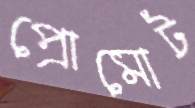
প্রোমোট